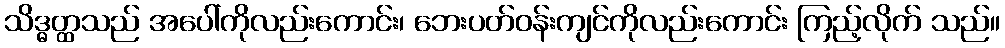
သိဒ္ဓတ္ထသည် အပေါ်ကိုလည်းကောင်း၊ ဘေးပတ်ဝန်းကျင်ကိုလည်းကောင်း ကြည့်လိုက် သည်။